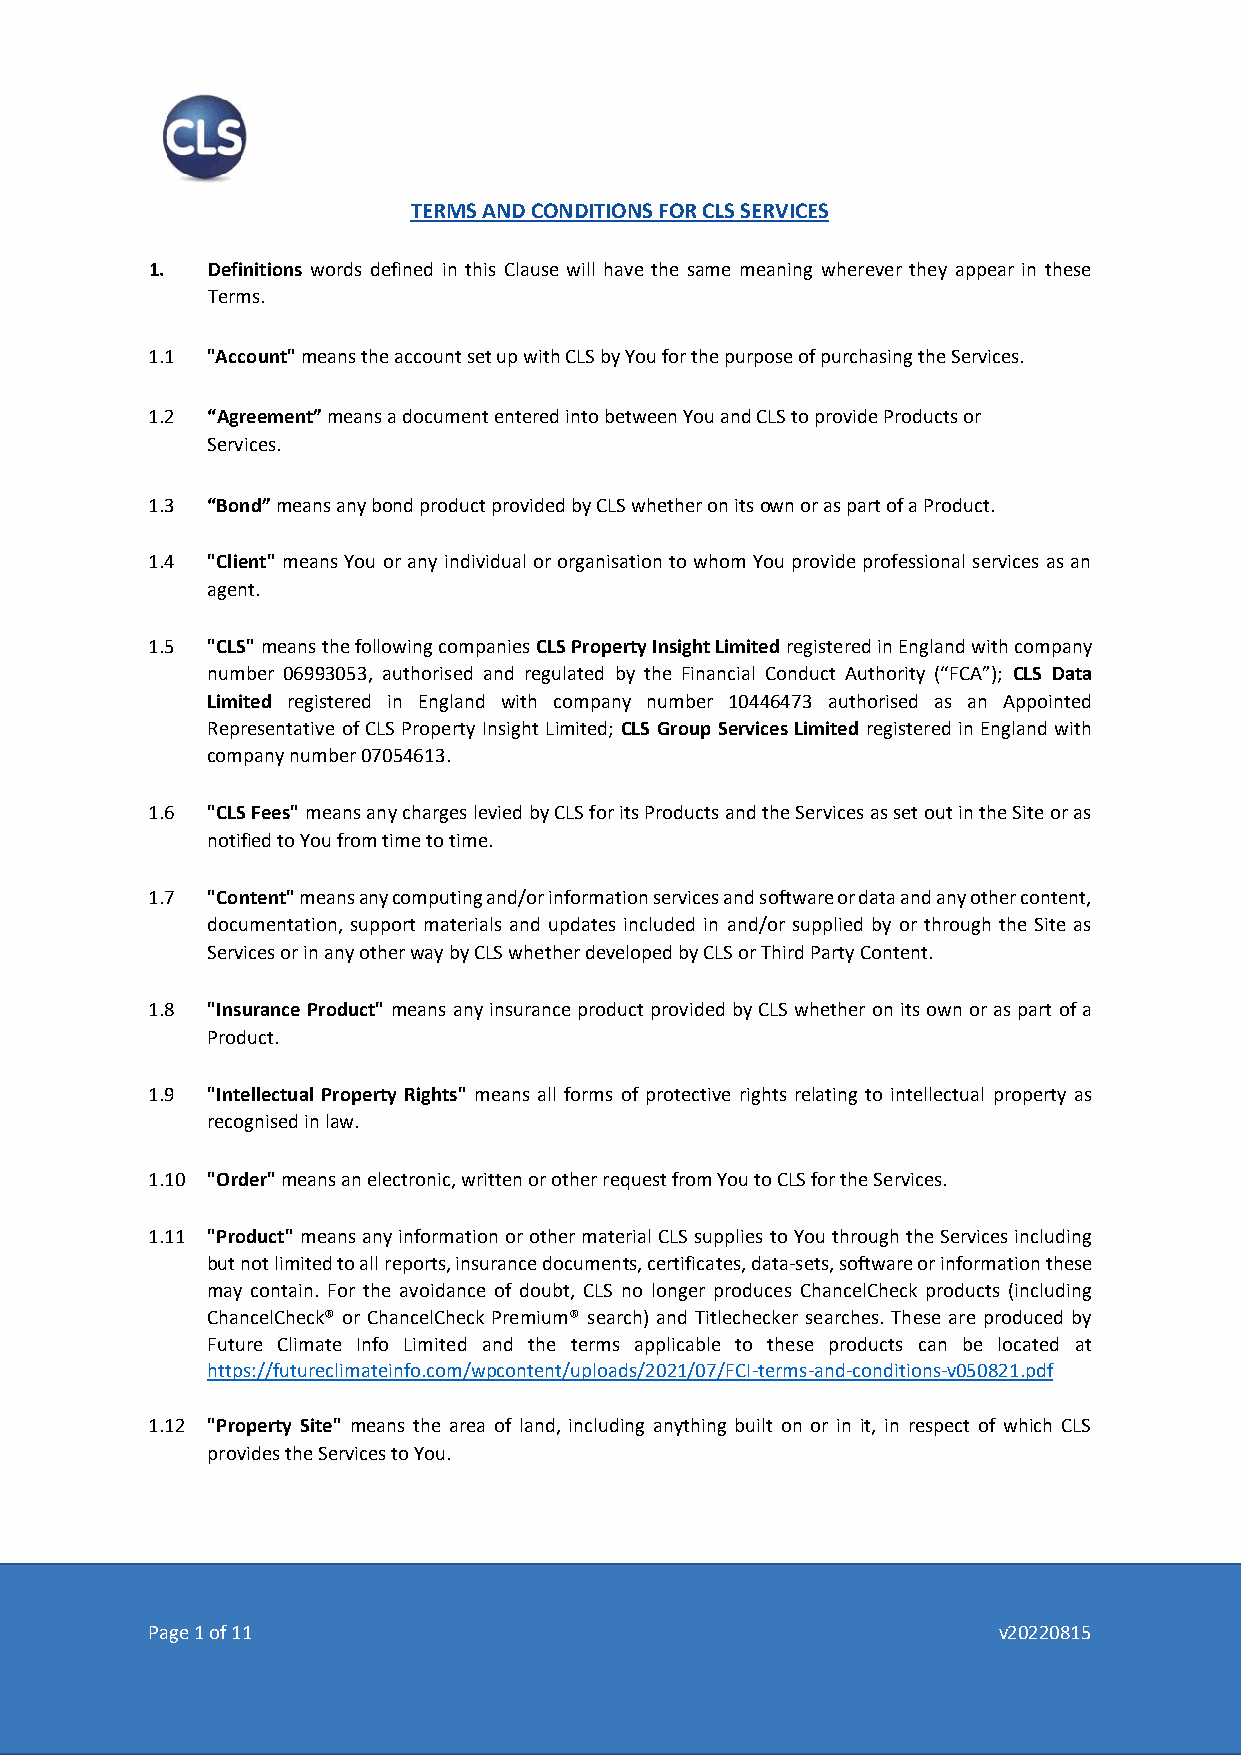
TERMS AND CONDITIONS FOR CLS SERVICES
 1.  Definitions words defined in this Clause will have the same meaning wherever they appear in these
 Terms.
 1.1 "Account" means the account set up with CLS by You for the purpose of purchasing the Services.
 1.2 “Agreement” means a document entered into between You and CLS to provide Products or
 Services.
 1.3 “Bond” means any bond product provided by CLS whether on its own or as part of a Product.
 1.4 "Client" means You or any individual or organisation to whom You provide professional services as an
 agent.
 1.5 "CLS" means the following companies CLS Property Insight Limited registered in England with company
 number 06993053, authorised and regulated by the Financial Conduct Authority (“FCA”); CLS Data
 Limited registered in England with company number 10446473 authorised as an Appointed
 Representative of CLS Property Insight Limited; CLS Group Services Limited registered in England with
 company number 07054613.
 1.6 "CLS Fees" means any charges levied by CLS for its Products and the Services as set out in the Site or as
 notified to You from time to time.
 1.7 "Content" means any computing and/or information services and software or data and any other content,
 documentation, support materials and updates included in and/or supplied by or through the Site as
 Services or in any other way by CLS whether developed by CLS or Third Party Content.
 1.8 "Insurance Product" means any insurance product provided by CLS whether on its own or as part of a
 Product.
 1.9 "Intellectual Property Rights" means all forms of protective rights relating to intellectual property as
 recognised in law.
 1.10 "Order" means an electronic, written or other request from You to CLS for the Services.
 1.11 "Product" means any information or other material CLS supplies to You through the Services including
 but not limited to all reports, insurance documents, certificates, data-sets, software or information these
 may contain. For the avoidance of doubt, CLS no longer produces ChancelCheck products (including
 ChancelCheck® or ChancelCheck Premium® search) and Titlechecker searches. These are produced by
 Future Climate Info Limited and the terms applicable to these products can be located at
 https://futureclimateinfo.com/wpcontent/uploads/2021/07/FCI-terms-and-conditions-v050821.pdf
 1.12 "Property Site" means the area of land, including anything built on or in it, in respect of which CLS
 provides the Services to You.
 Page 1 of 11                                            v20220815